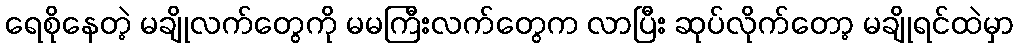
ရေစိုနေတဲ့ မချိုလက်တွေကို မမကြီးလက်တွေက လာပြီး ဆုပ်လိုက်တော့ မချိုရင်ထဲမှာ